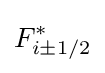
F_{i\pm 1/2}^{*}